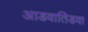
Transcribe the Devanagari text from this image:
आडवातिडवा